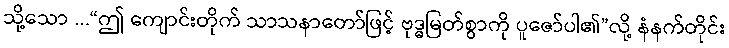
သို့သော ...“ဤ ကျောင်းတိုက် သာသနာတော်ဖြင့် ဗုဒ္ဓမြတ်စွာကို ပူဇော်ပါ၏”လို့ နံနက်တိုင်း